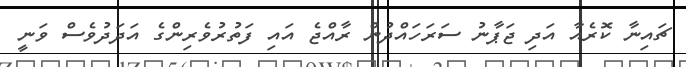
ޗައިނާ ކޮރެއާ އަދި ޖަޕާނު ސަރަހައްދުން ރާއްޖެ އައި ފަތުރުވެރިންގެ އަދަދުވެސް ވަނީ